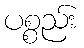
ပစ္စည်း